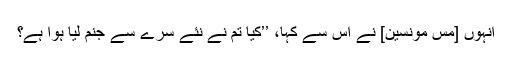
اُنہوں [مس مونسین] نے اُس سے کہا، ’’کیا تم نے نئے سرے سے جنم لیا ہوا ہے؟